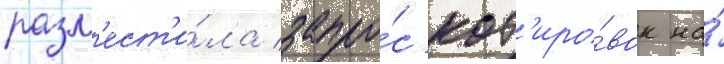
разм'ест'и́ла запро́с кот'иро́вок на́